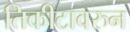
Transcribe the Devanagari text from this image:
तिकीटावरुन